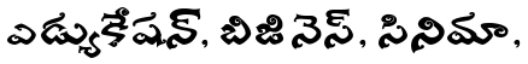
ఎడ్యుకేషన్, బిజినెస్, సినిమా,